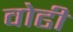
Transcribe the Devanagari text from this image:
वोढी